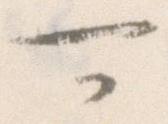
可